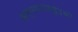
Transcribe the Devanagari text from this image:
अभ्यासातसुद्धा